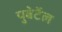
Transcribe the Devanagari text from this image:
पुबेर्टेल